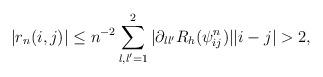
LaTeX: \begin{align*} |r_n(i,j)| \leq n^{-2} \sum_{l,l'=1}^2 |\partial_{ll'} R_h(\psi_{ij}^n)| |i-j|>2, \end{align*}